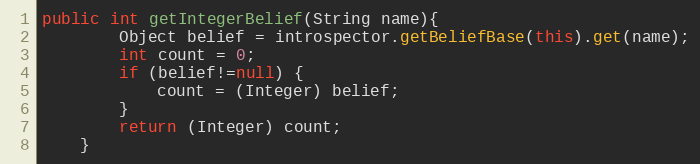
Language: Java
public int getIntegerBelief(String name){
        Object belief = introspector.getBeliefBase(this).get(name);
        int count = 0;
        if (belief!=null) {
            count = (Integer) belief;
        }
        return (Integer) count;
    }